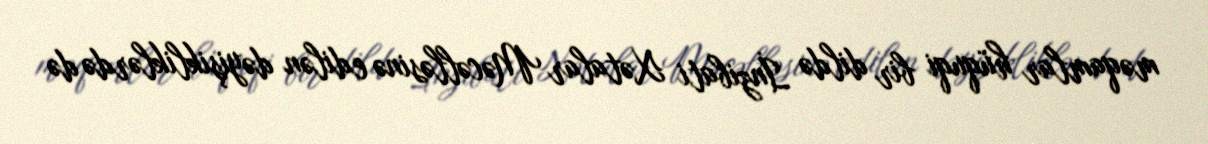
məqamlar hüquqi bir dildə İnzibati Xətalar Məcəlləsinə edilən dəyişikliklərdə də